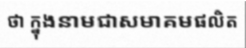
ថា ក្នុងនាមជាសមាគមផលិត